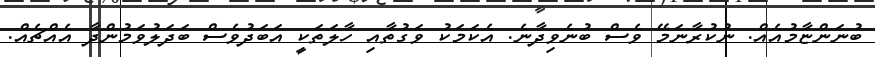
ބުނަންޏާމުއެއް. ނުކުރާނަމޭ ވެސް ބުނެވިދާނެ. އެކަމަކު ވަގުތާއި ހާލަތަކީ އަބަދުވެސް ބަދަލުވަމުންދާ އެއްޗެއް.